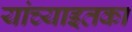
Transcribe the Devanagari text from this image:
यांच्याइतका